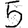
Digit: 5